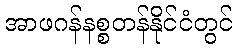
အာဖဂန်နစ္စတန်နိုင်ငံတွင်